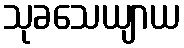
သုခသေယျာယ